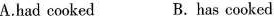
A.had cooked B.has cooked